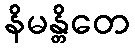
နိမန္တိတေ